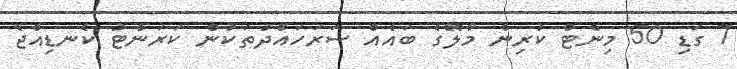
7 ގަޑި 50 މިނެޓް ކުރިން މާލޭގެ ބައެއް ސަރަހައްދުތަކުން ކަރަންޓު ކެނޑިއްޖެ